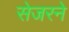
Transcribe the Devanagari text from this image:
सेजरने